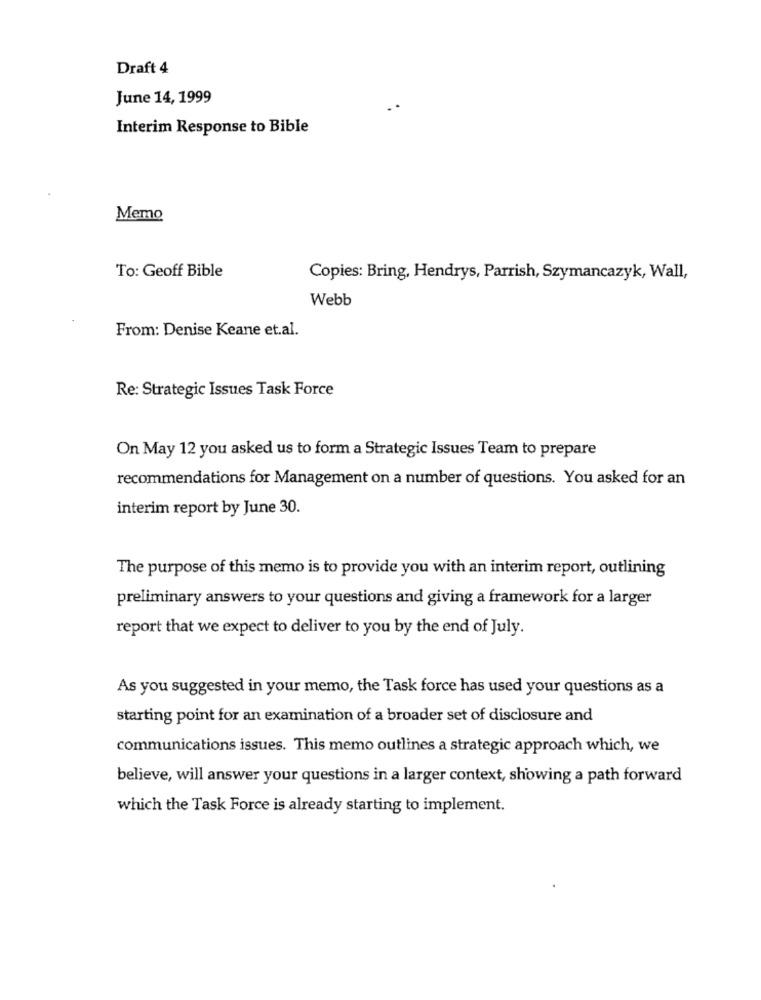
Draft 4
June 14, 1999
Interim Response to Bible
Memo
To: Geoff Bible
Copies: Bring, Hendrys, Parrish, Szymancazyk, Wall,
Webb
From: Denise Keane et.al.
Re: Strategic Issues Task Force
On May 12 you asked us to form a Strategic Issues Team to prepare
recommendations for Management on a number of questions. You asked for an
interim report by June 30.
The purpose of this memo is to provide you with an interim report, outlining
preliminary answers to your questions and giving a framework for a larger
report that we expect to deliver to you by the end of July.
As you suggested in your memo, the Task force has used your questions as a
starting point for an examination of a broader set of disclosure and
communications issues. This memo outlines a strategic approach which, we
believe, will answer your questions in a larger context, showing a path forward
which the Task Force is already starting to implement.